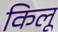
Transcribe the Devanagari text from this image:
किलू